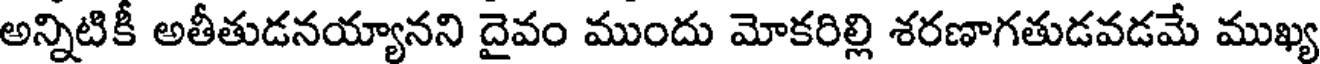
అన్నిటికీ అతీతుడనయ్యానని దైవం ముందు మోకరిల్లి శరణాగతుడవడమే ముఖ్య